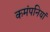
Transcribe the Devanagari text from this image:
कमंपनियां